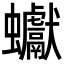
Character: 𧖃